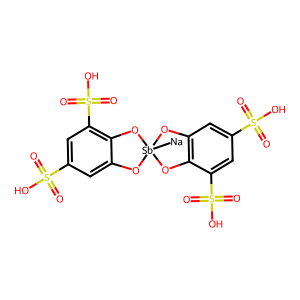
SMILES: O=S(=O)(O)c1cc2c(c(S(=O)(=O)O)c1)O[Sb]1([Na])(O2)Oc2cc(S(=O)(=O)O)cc(S(=O)(=O)O)c2O1
Inhibits HIV replication: No